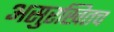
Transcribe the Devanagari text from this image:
असुरखितच